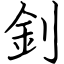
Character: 釗